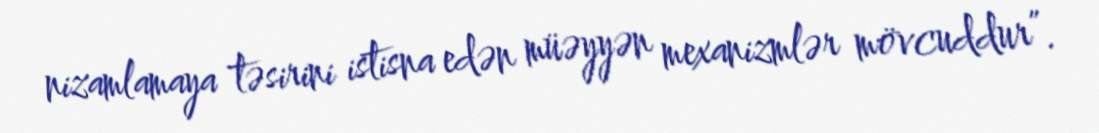
nizamlamaya təsirini istisna edən müəyyən mexanizmlər mövcuddur”.